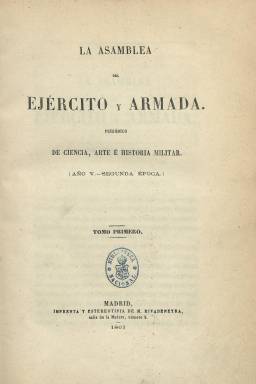
Título: La Asamblea del ejército y armada
Colección: Fuerzas armadas || Historia
Ámbito geográfico: Madrid
Lugar de publicación: Madrid
Fechas: 01/01/1861-31/12/1867

Corresponde a la segunda época del “periódico mensual de ciencia, arte e historia militar” La Asamblea del ejército (1856-1859), que, con este título ampliado se estará publicando desde 1861 a 1867, formando su colección un total de quince tomos, con paginación continuada y, al final, con un índice de los artículos contenidos en cada uno. Saldrá de la Imprenta y Estereotipia de M. Rivadeneyra, pero también de los establecimientos tipográficos de R. Vicente y de Vicente y Labajos.

En esta ocasión aparece como general-director de la publicación Eusebio Calonge (1813-1873), también político y diplomático adscrito al Partido Moderado; y entre sus principales redactores, que, en parte altera la nómina de los antiguos, se encuentran Joaquín Blake, Manuel Fernández de Ibarra, el coronel Federico Fernández San Román, el brigadier Carlos Gaertner, el coronel José Gómez de Arteche, el general de la armada Miguel Lobo y Martiniano Moreno (Hartzenbusch: 1894).

En esta segunda época aparecen, generalmente firmados sus textos, y aparecen también como autores el intendente José Corona y Serrano: los brigadier Antonio Sánchez Osorio y Javier de Oscariz; los comandantes Pedro de Zea y Jacinto Hernández de Ariza; los coroneles Jacobo de la Pezuela, Ignacio de Negrín, Diego de Arfsu, Raimundo de Sotto y Francisco Garvayo; el capitán Luis García Martín; el teniente de navío Pedro de Prida y Palacio; el general Nouvilas, el brigadier Ibarra, así como Gregorio Giménez de Palacios, Crispín Jiménez de Sandoval y J.M. Sánchez Molero, entre otros.

Sigue manteniendo el mismo carácter de publicación profesional y técnica, publicando extensos artículos sobre doctrina, naturaleza, organización, administración e historia de los ejércitos; sobre tácticas, batallas, expediciones y maniobras; sobre la ciencia y el arte de los diferentes cuerpos militares; o sobre geografía, transportes, derecho y reglamentaciones. Mantiene también sus secciones de Crónica interior y extranjera, y publica algunas necrológicas. Sigue insertando fuera de texto algunos planos y láminas.